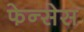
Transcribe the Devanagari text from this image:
फेन्सेस